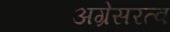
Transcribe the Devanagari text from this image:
अग्रेसरत्व